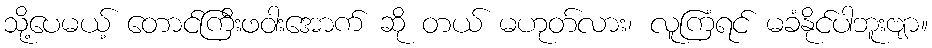
သို့ပေမယ့် တောင်ကြီးဖဝါးအောက် ဆို တယ် မဟုတ်လား၊ လူကြံရင် မခံနိုင်ပါဘူးဗျာ။